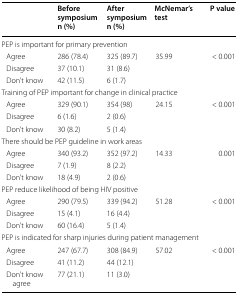
<table><thead><tr><td>[EMPTY_CELL]</td><td><b>Before symposium n (%)</b></td><td><b>After symposium n (%)</b></td><td><b>McNemar’s test</b></td><td><b>P value</b></td></tr></thead><tbody><tr><td colspan="5">PEP is important for primary prevention</td></tr><tr><td> Agree</td><td>286 (78.4)</td><td>325 (89.7)</td><td>35.99</td><td>&lt; 0.001</td></tr><tr><td> Disagree</td><td>37 (10.1)</td><td>31 (8.6)</td><td>[EMPTY_CELL]</td><td>[EMPTY_CELL]</td></tr><tr><td> Don’t know</td><td>42 (11.5)</td><td>6 (1.7)</td><td>[EMPTY_CELL]</td><td>[EMPTY_CELL]</td></tr><tr><td colspan="5">Training of PEP important for change in clinical practice</td></tr><tr><td> Agree</td><td>329 (90.1)</td><td>354 (98)</td><td>24.15</td><td>&lt; 0.001</td></tr><tr><td> Disagree</td><td>6 (1.6)</td><td>2 (0.6)</td><td>[EMPTY_CELL]</td><td>[EMPTY_CELL]</td></tr><tr><td> Don’t know</td><td>30 (8.2)</td><td>5 (1.4)</td><td>[EMPTY_CELL]</td><td>[EMPTY_CELL]</td></tr><tr><td colspan="5">There should be PEP guideline in work areas</td></tr><tr><td> Agree</td><td>340 (93.2)</td><td>352 (97.2)</td><td>14.33</td><td>0.001</td></tr><tr><td> Disagree</td><td>7 (1.9)</td><td>8 (2.2)</td><td>[EMPTY_CELL]</td><td>[EMPTY_CELL]</td></tr><tr><td> Don’t know</td><td>18 (4.9)</td><td>2 (0.6)</td><td>[EMPTY_CELL]</td><td>[EMPTY_CELL]</td></tr><tr><td colspan="5">PEP reduce likelihood of being HIV positive</td></tr><tr><td> Agree</td><td>290 (79.5)</td><td>339 (94.2)</td><td>51.28</td><td>&lt; 0.001</td></tr><tr><td> Disagree</td><td>15 (4.1)</td><td>16 (4.4)</td><td>[EMPTY_CELL]</td><td>[EMPTY_CELL]</td></tr><tr><td> Don’t know</td><td>60 (16.4)</td><td>5 (1.4)</td><td>[EMPTY_CELL]</td><td>[EMPTY_CELL]</td></tr><tr><td colspan="5">PEP is indicated for sharp injuries during patient management</td></tr><tr><td> Agree</td><td>247 (67.7)</td><td>308 (84.9)</td><td>57.02</td><td>&lt; 0.001</td></tr><tr><td> Disagree</td><td>41 (11.2)</td><td>44 (12.1)</td><td>[EMPTY_CELL]</td><td>[EMPTY_CELL]</td></tr><tr><td> Don’t know agree</td><td>77 (21.1)</td><td>11 (3.0)</td><td>[EMPTY_CELL]</td><td>[EMPTY_CELL]</td></tr></tbody></table>